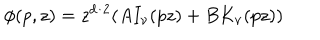
\phi ( p , z ) = z ^ { d / 2 } ( A I _ { \nu } ( p z ) + B K _ { \nu } ( p z ) )